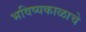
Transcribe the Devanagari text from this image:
भविष्यकाळाचे